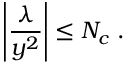
\left| \frac { \lambda } { y ^ { 2 } } \right| \leq N _ { c } \; .